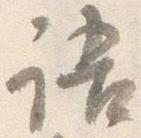
語